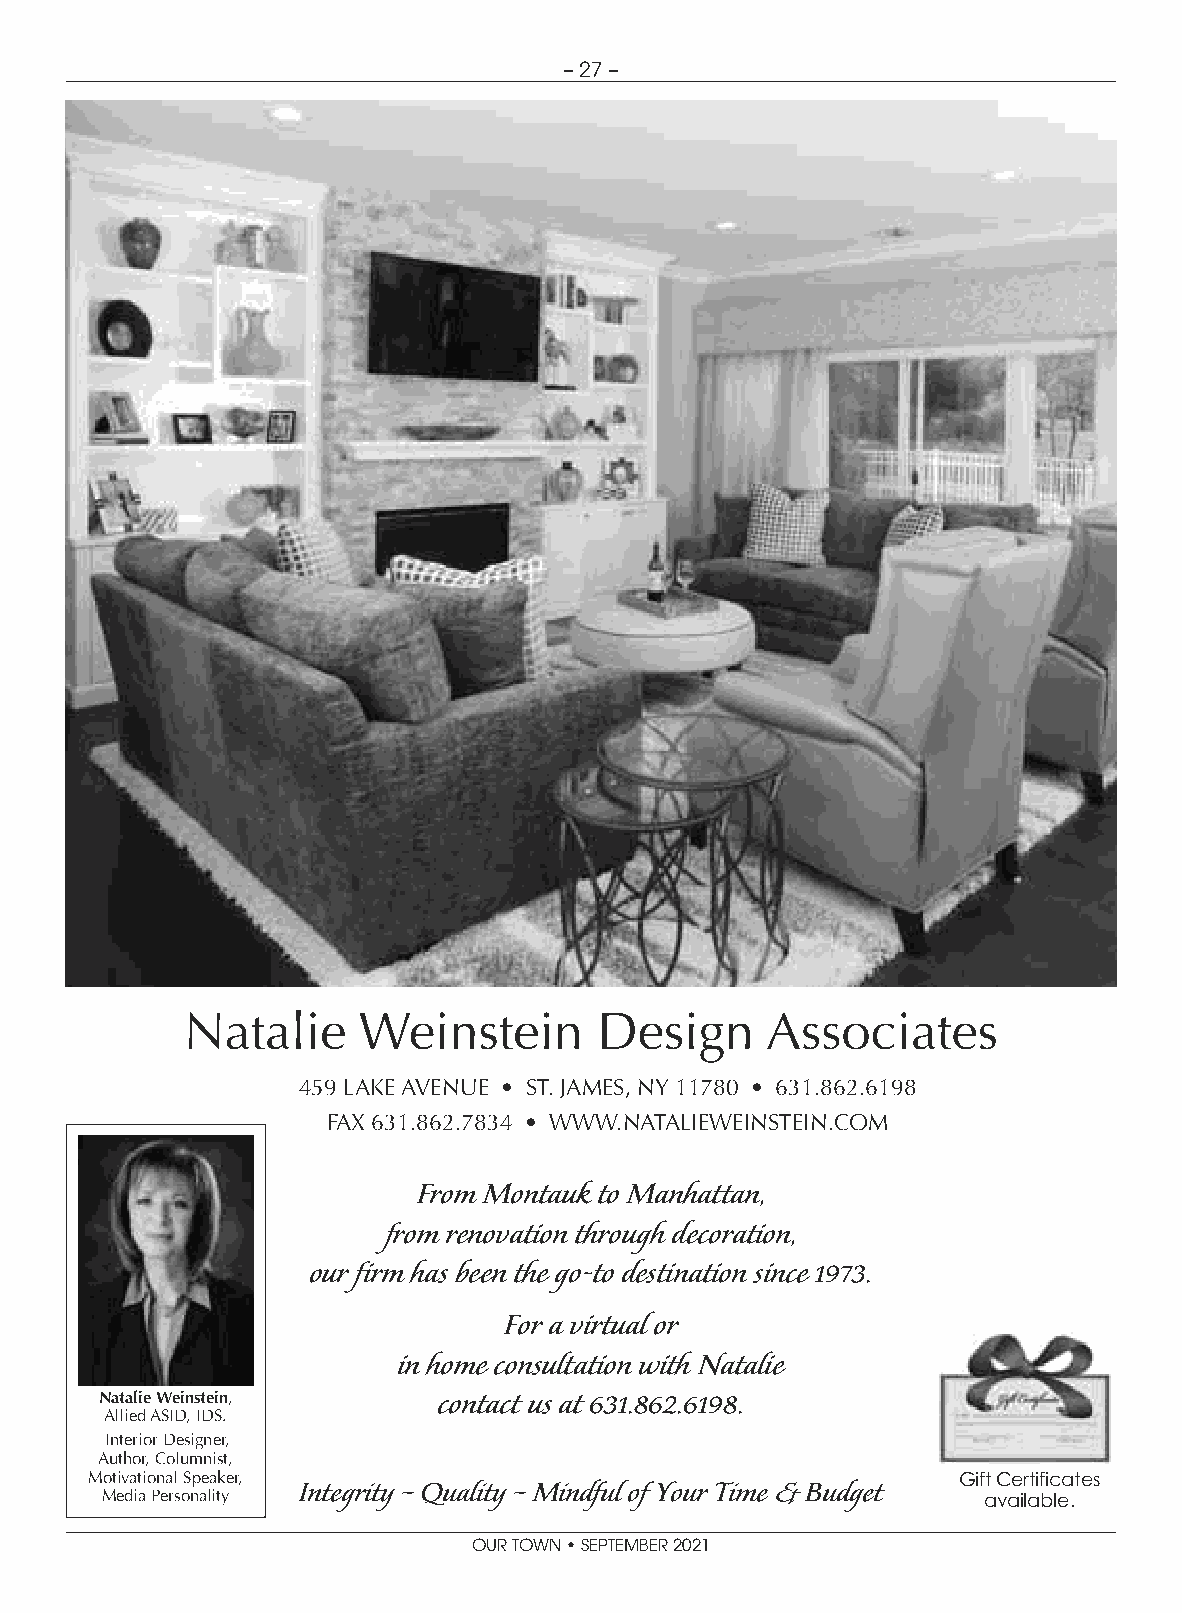
– 27 –
 Natalie     Weinstein       Design     Associates
 459 LAKE AVENUE • ST. JAMES, NY 11780 • 631.862.6198
 FAX 631.862.7834 • WWW.NATALIEWEINSTEIN.COM
 From Montauk to Manhattan,
 from renovation through decoration,
 our firm has been the go-to destination since 1973.
 For a virtual or
 in home consultation with Natalie
 Natalie Weinstein,    contact us at 631.862.6198.
 Allied ASID, IDS.
 Interior Designer,
 Author, Columnist,
 Motivational Speaker,                                    Gift Certificates
 Integrity – Quality – Mindful of Your Time & Budget
 Media Personality                                         available.
 OUR TOWN • SEPTEMBER 2021